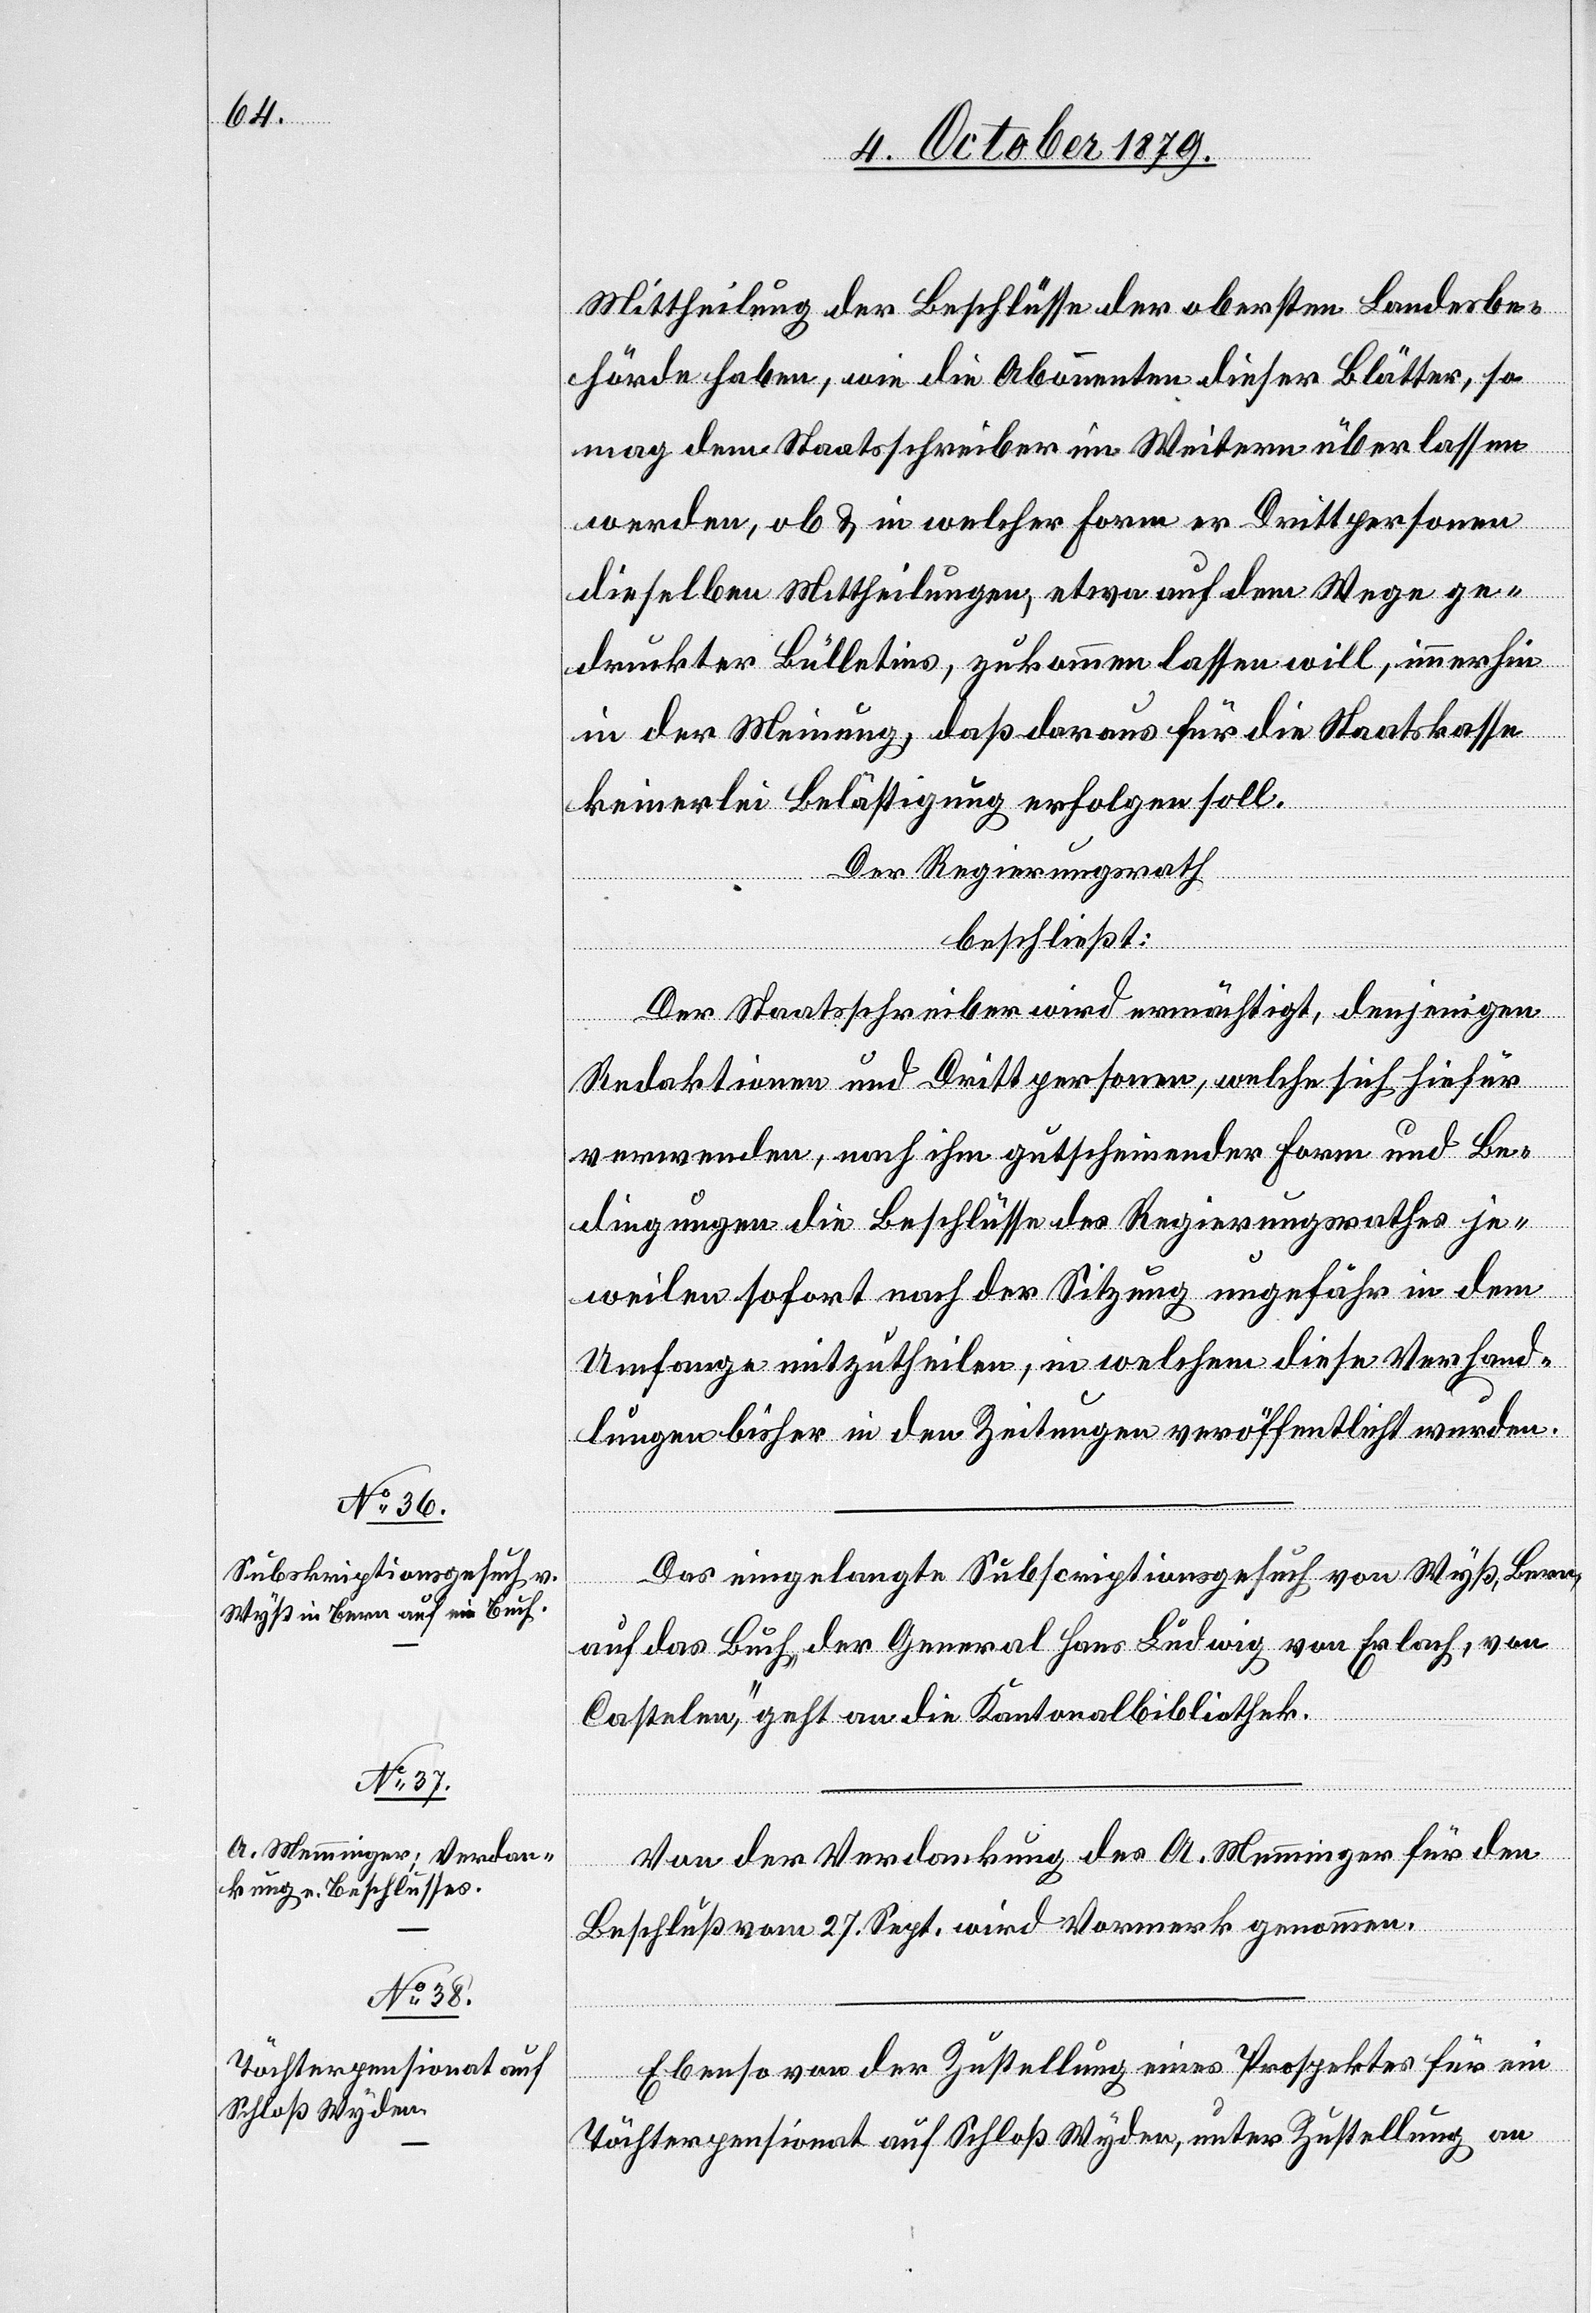
Mittheilung der Beschlüsse der obersten Landesbe¬
hörde haben, wie die Abonnenten dieser Blätter, so
mag dem Staatsschreiber im Weiteren überlassen
werden, ob & in welcher Form er Drittpersonen
dieselben Mittheilungen, etwa auf dem Wege ge¬
druckter Bulletins, zukommen lassen will, immerhin
von
in der Meinung, daß daraus für die Staatskasse
keinerlei Belästigung erfolgen soll.
Der Regierungsrath
beschließt:
Der Staatsschreiber wir ermächtigt, denjenigen
Redaktionen und Drittpersonen, welche sich hiefür
verwenden, nach ihm gutscheinender Form und Be¬
dingungen die Beschlüsse des Regierungsrathes je¬
weilen sofort nach der Sitzung ungefähr in dem
Umfange mitzutheilen, in welchem dieser Verhand¬
lungen bisher in den Zeitungen veröffentlicht wurden.
Das eingelangte Subscriptionsgesuch von Wyss, Bern,
auf das Buch „der General Hans Ludwig von Erlach, von
Castelan“, geht an die Kantonalbibliothek.
Von der Verdankung des A. Memminger für den
Beschluß vom 27. Sept. wird Vormerk genommen.
Ebenso von der Zustellung eines Prospektes für ein
Töchterpensionat auf Schloß Wyden, unter Zustellung an